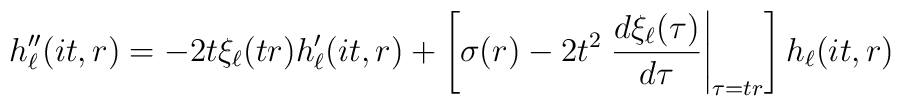
h_\ell''(it,r) = - 2 t \xi_\ell(tr) h_\ell'(it,r)+\left[ \sigma(r) - 2 t^2 \left.\frac{d\xi_\ell(\tau)}{d\tau}\right|_{\tau = t r}\right] h_\ell(it,r)